画像に写った文字を読んでください
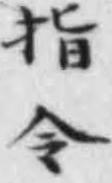
「指令」と書いてあります